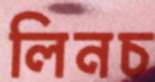
লিনচ